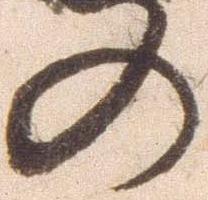
の